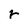
Character: r